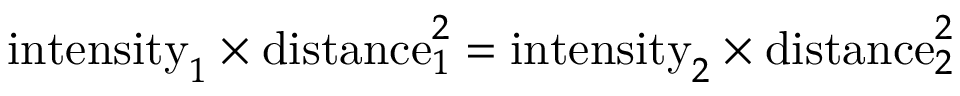
{ \mathrm { i n t e n s i t y } } _ { 1 } \times { \mathrm { d i s t a n c e } } _ { 1 } ^ { 2 } = { \mathrm { i n t e n s i t y } } _ { 2 } \times { \mathrm { d i s t a n c e } } _ { 2 } ^ { 2 }